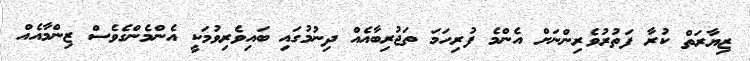
ޒިޔާރަތް ކުރާ ފަތުރުވެރިންނަށް އެންމެ ފުރިހަމަ ތަޖުރިބާއެއް ދިނުމުގައި ބައިވެރިވުމަކީ އެންމެންގެވެސް ޒިންމާއެއް